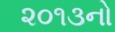
૨૦૧૩નો